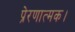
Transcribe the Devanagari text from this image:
प्रेरणात्मक।